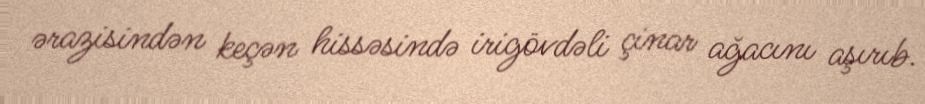
ərazisindən keçən hissəsində irigövdəli çinar ağacını aşırıb.